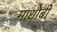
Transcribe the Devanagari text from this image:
माधोबी